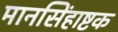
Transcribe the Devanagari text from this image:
मानसिंहाष्टक